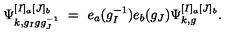
\Psi _ { k , g _ { I } g g _ { J } ^ { - 1 } } ^ { [ I ] _ { a } [ J ] _ { b } } \ = \ e _ { a } ( g _ { I } ^ { - 1 } ) e _ { b } ( g _ { J } ) \Psi _ { k , g } ^ { [ I ] _ { a } [ J ] _ { b } } .